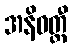
အနိဝတ္တီ